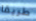
طريقا